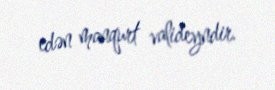
edən manqurt valideyndir.